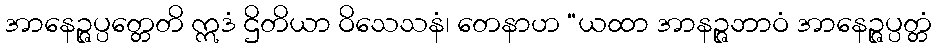
အာနေဉ္ဇပ္ပတ္တေတိ ဣဒံ ဌိတိယာ ဝိသေသနံ၊ တေနာဟ “ယထာ အာနဉ္ဇဘာဝံ အာနေဉ္ဇပ္ပတ္တံ